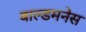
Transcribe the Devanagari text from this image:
बाल्डमनेस